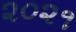
૨૦૨૧